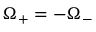
\Omega _ { + } = - \Omega _ { - }